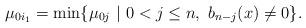
LaTeX: \begin{align*}\mu_{0i_1}=\min \{\mu_{0j}\ |\ 0<j \leq n,\ b_{n-j}(x)\ne 0\}.\end{align*}